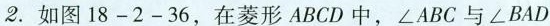
2.如图18-2-36，在菱形ABCD中，∠ABC与∠BAD